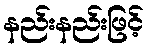
နည်းနည်းဖြင့်